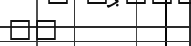
٤٣